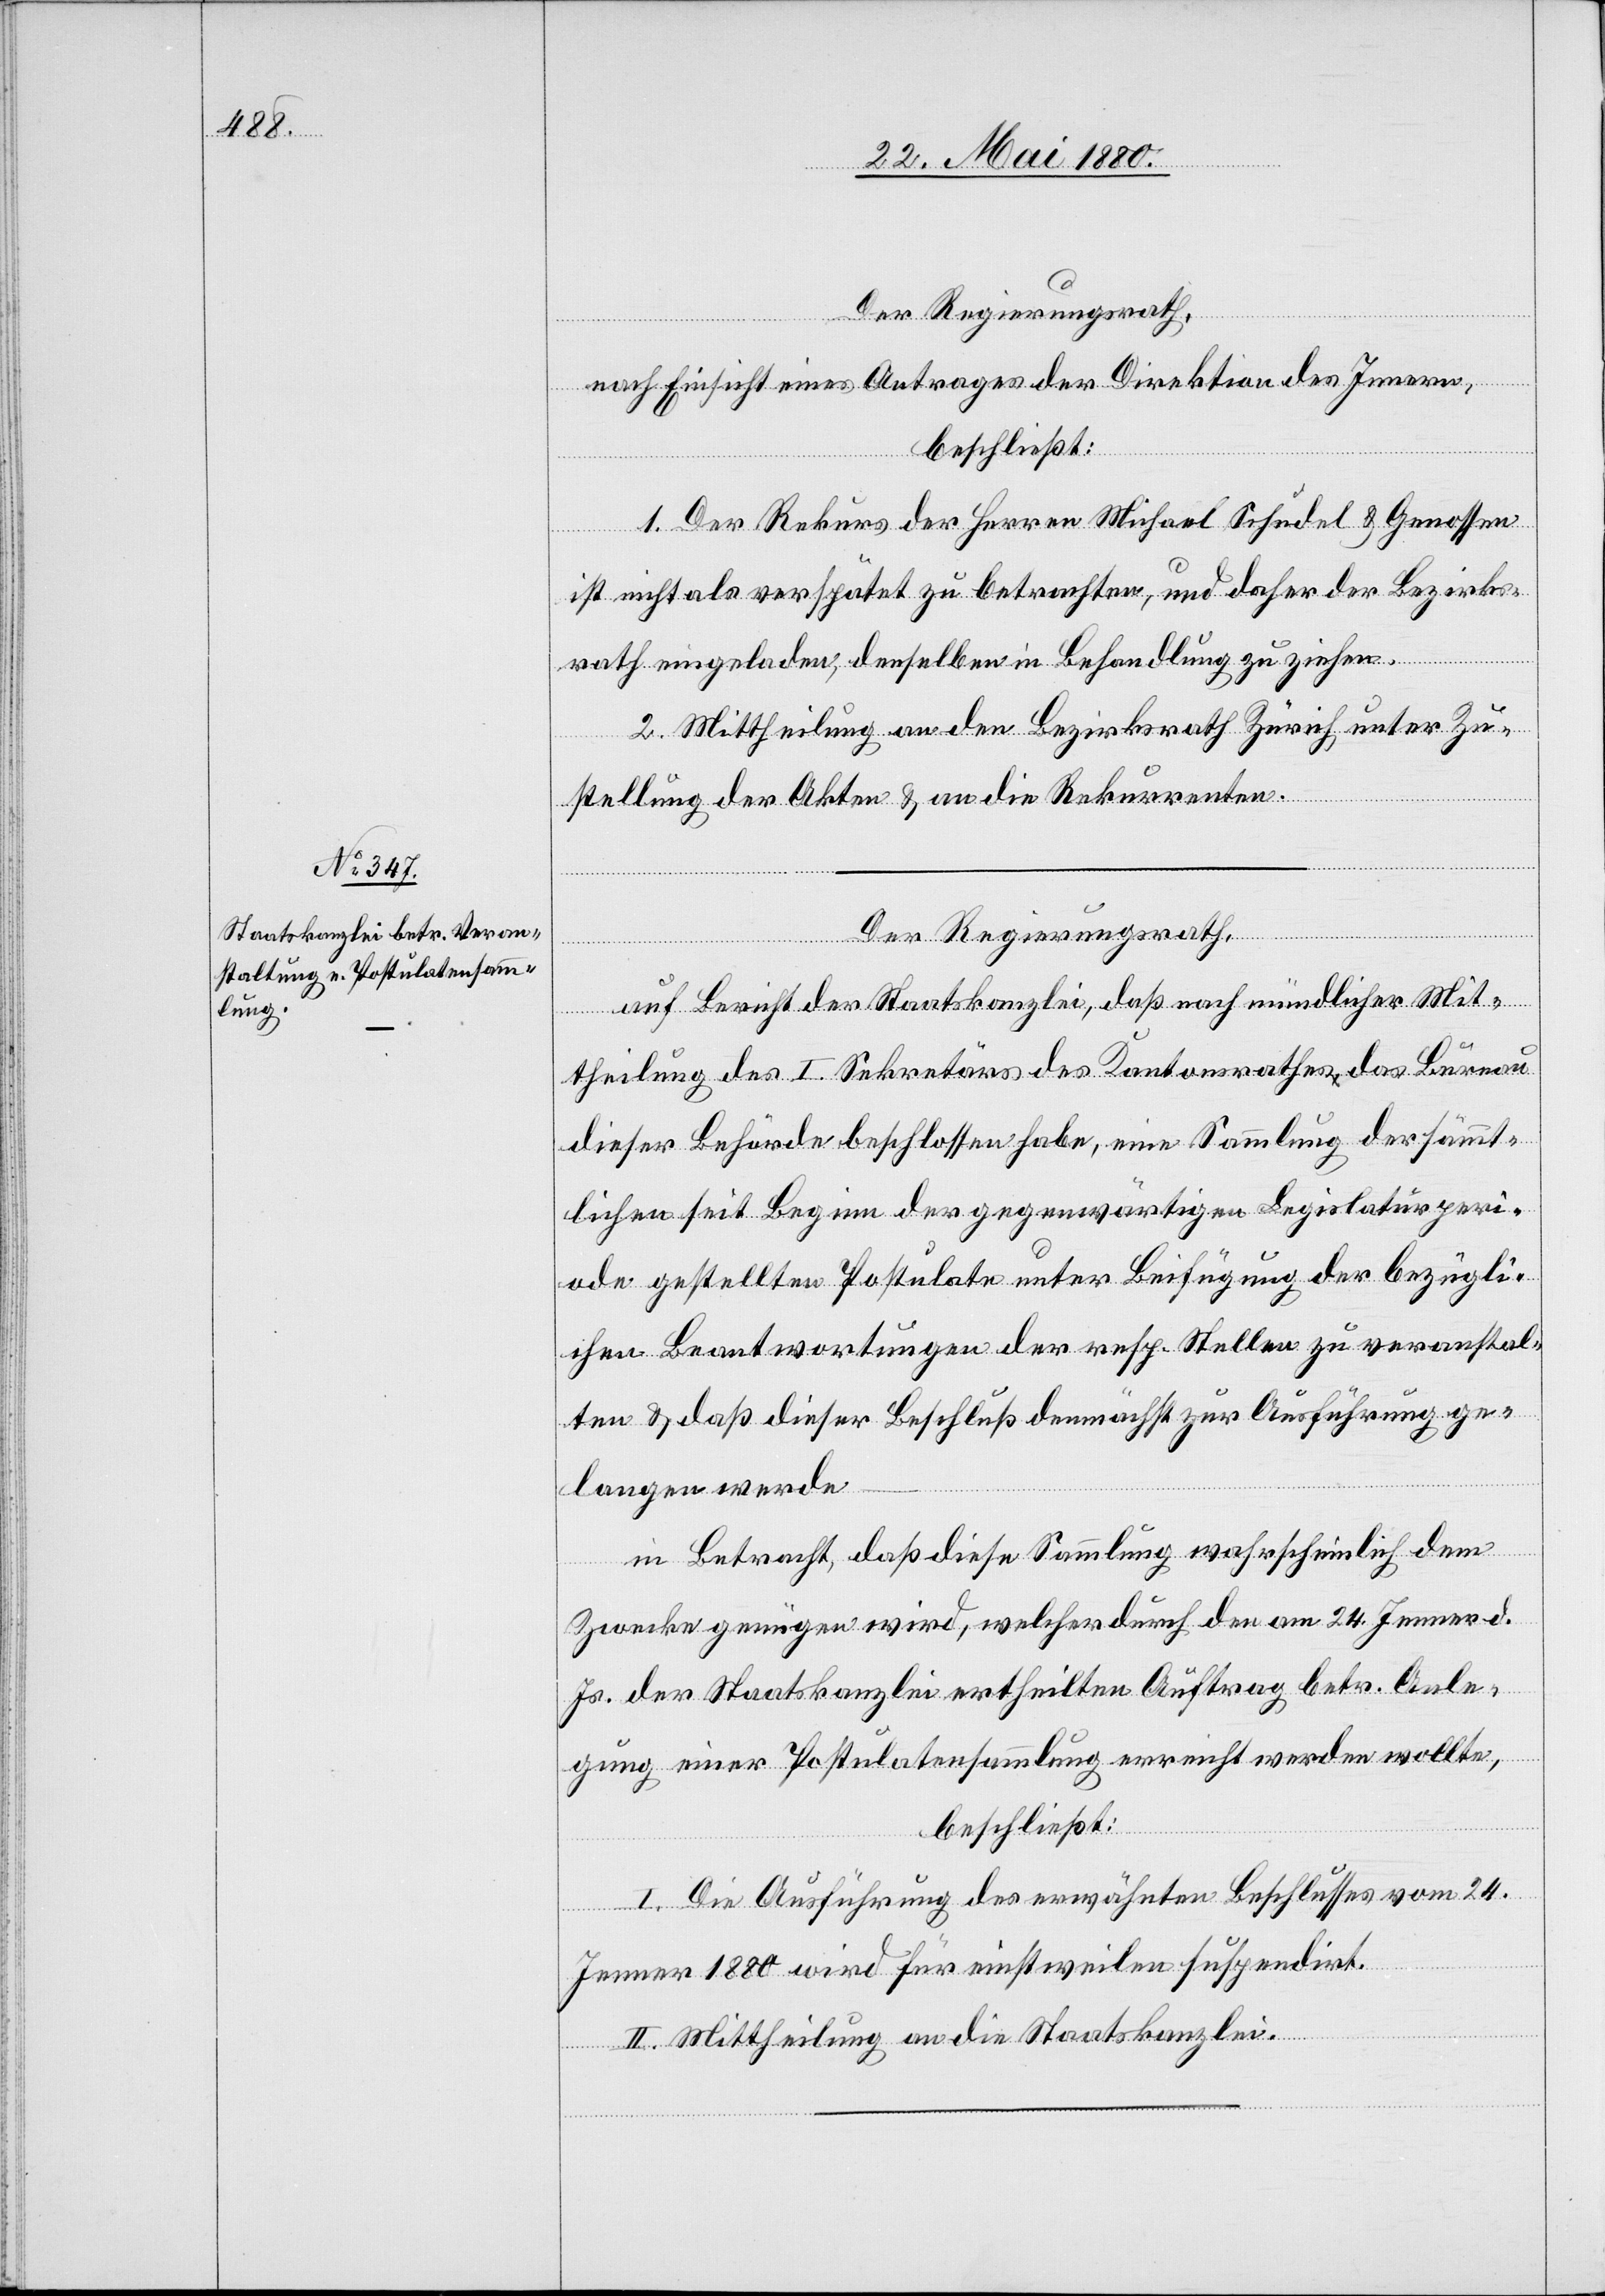
Der Regierungsrath,
nach Einsicht eines Antrages der Direktion des Innern,
beschließt:
1. Der Rekurs der Herren Michael Schudel & Genossen
ist nicht als verspätet zu betrachten, und daher der Bezirks¬
rath eingeladen, denselben in Behandlung zu ziehen.
2. Mittheilung an den Bezirksrath Zürich unter Zu¬
stellung der Akten & an die Rekurrenten.
Der Regierungsrath,
auf Bericht der Staatskanzlei, daß nach mündlicher Mit¬
theilung des I. Sekretärs des Kantonsrathes das Bureau
dieser Behörde beschlossen habe, eine Sammlung der sämmt¬
lichen seit Beginn der gegenwärtigen Legislaturperi¬
ode gestellten Postulate unter Beifügung der bezügli¬
chen Beantwortungen der resp. Stellen zu veranstal¬
ten & daß dieser Beschluß demnächst zur Ausführung ge¬
langen werde
in Betracht, daß diese Sammlung wahrscheinlich dem
Zwecke genügen wird, welcher durch den am 24. Jenner d.
Js. der Staatskanzlei ertheilten Auftrag betr. Anle¬
gung einer Postulatensammlung erreicht werden wollte,
beschließt:
I. Die Ausführung des erwähnten Beschlusses vom 24.
Jenner 1880 wird für einstweilen suspendirt.
II. Mittheilung an die Staatskanzlei.